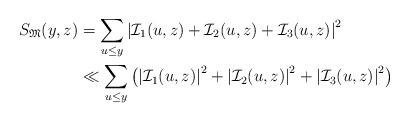
LaTeX: \begin{align*}S_{\frak M}(y,z)&=\sum_{u\le y}\left|\mathcal{I}_1(u,z)+\mathcal{I}_2(u,z)+\mathcal{I}_3(u,z)\right|^2\\&\ll \sum_{u\le y}\left(\left|\mathcal{I}_1(u,z)\right|^2+\left|\mathcal{I}_2(u,z)\right|^2+\left|\mathcal{I}_3(u,z)\right|^2\right)\end{align*}